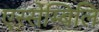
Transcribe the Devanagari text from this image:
एस्सेम्बिलि